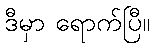
ဒီမှာ ရောက်ပြီ။